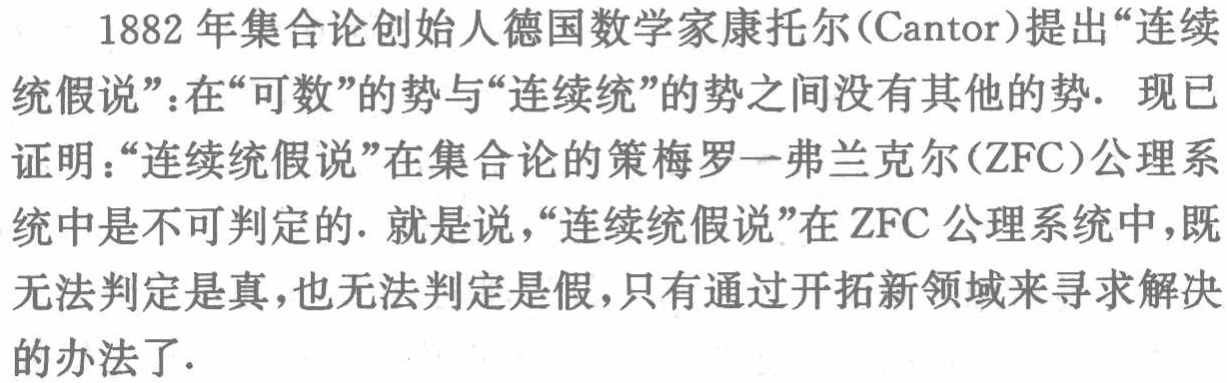
1882 年集合论创始人德国数学家康托尔（Cantor）提出“连续统假说”：在“可数”的势与“连续统”的势之间没有其他的势. 现已证明：“连续统假说”在集合论的策梅罗一弗兰克尔（ZFC）公理系统中是不可判定的. 就是说，“连续统假说”在ZFC公理系统中，既无法判定是真，也无法判定是假，只有通过开拓新领域来寻求解决的办法了.